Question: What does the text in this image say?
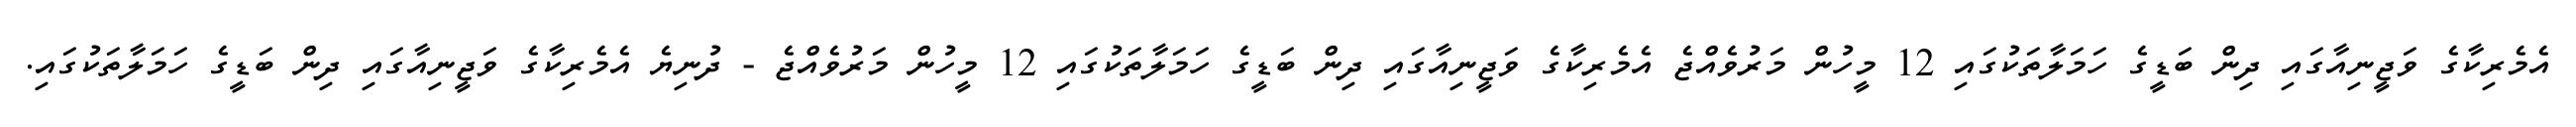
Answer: އެމެރިކާގެ ވަޖީނިއާގައި ދިން ބަޑީގެ ހަމަލާތަކުގައި 12 މީހުން މަރުވެއްޖެ އެމެރިކާގެ ވަޖީނިއާގައި ދިން ބަޑީގެ ހަމަލާތަކުގައި 12 މީހުން މަރުވެއްޖެ - ދުނިޔެ އެމެރިކާގެ ވަޖީނިއާގައި ދިން ބަޑީގެ ހަމަލާތަކުގައި.